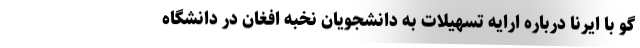
گو با ایرنا درباره ارایه تسهیلات به دانشجویان نخبه افغان در دانشگاه